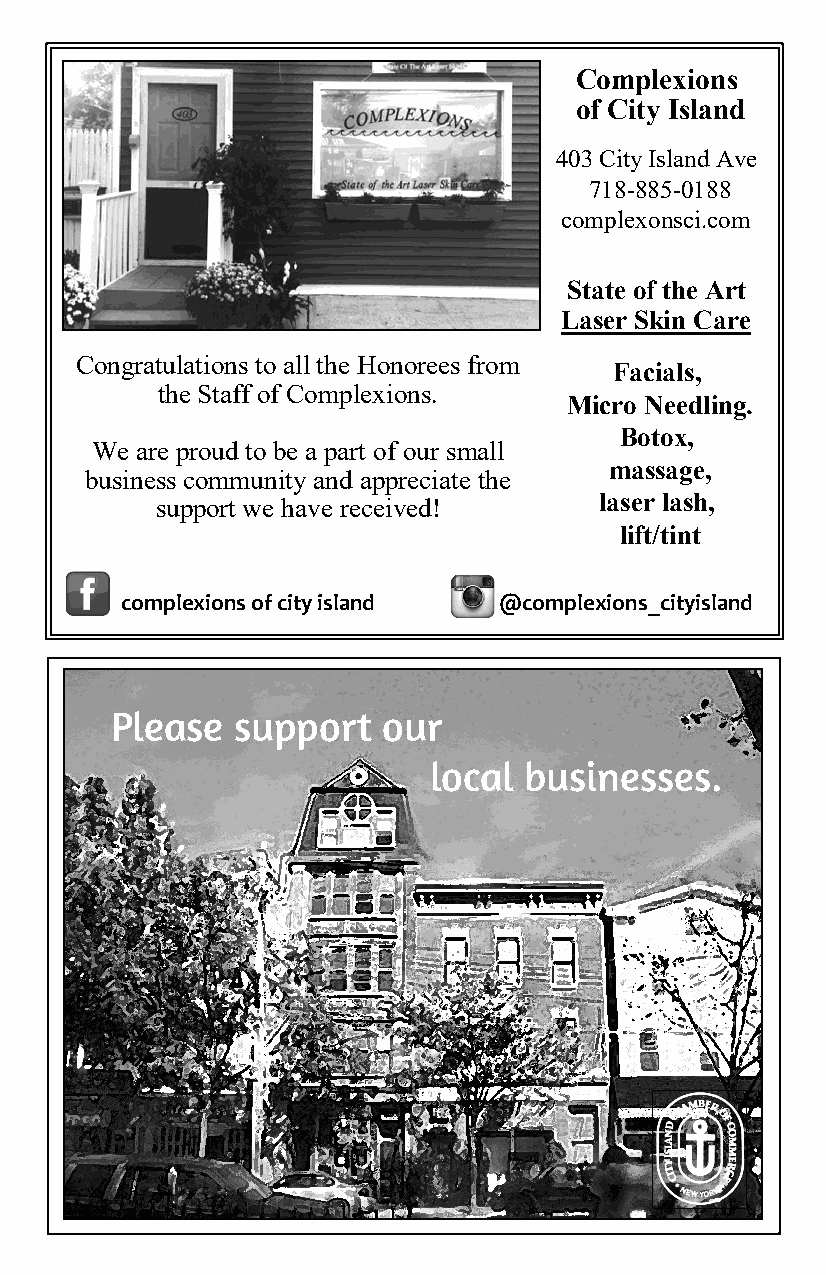
Complexions
 of City Island
 403 City Island Ave
 718-885-0188
 complexonsci.com
 State of the Art
 Laser Sk in Care
 Congratulations to all the Honorees from
 Facials,
 the Staff of Complexions.
 Micro Needling.
 Botox,
 We are proud to be a part of our small
 massage,
 business community and appreciate the
 support we have received!     laser lash,
 lift/tint
 complexions of city island @complexions_cityisland
 Please   support  our
 local  businesses.